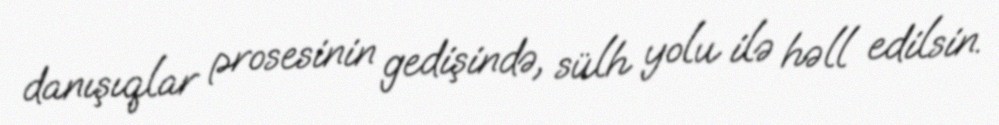
danışıqlar prosesinin gedişində, sülh yolu ilə həll edilsin.